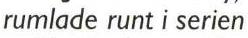
rumlade runt i serien